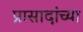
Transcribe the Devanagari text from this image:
प्रासादांच्या